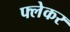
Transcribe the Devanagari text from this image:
फ्लेकर